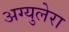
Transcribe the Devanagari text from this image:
अग्युलेरा